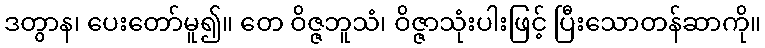
ဒတွာန၊ ပေးတော်မူ၍။ တေ ဝိဇ္ဇဘူသံ၊ ဝိဇ္ဇာသုံးပါးဖြင့် ပြီးသောတန်ဆာကို။